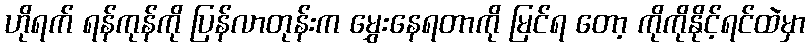
ဟိုရက် ရန်ကုန်ကို ပြန်လာတုန်းက မွှေးနေရတာကို မြင်ရ တော့ ကိုကိုနိုင့်ရင်ထဲမှာ